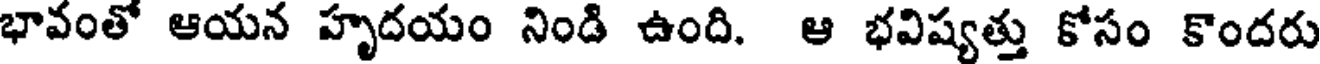
భావంతో ఆయన హృదయం నిండి ఉంది. ఆ భవిష్యత్తు కోసం కొందరు